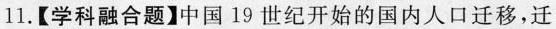
11.【学科融合题】中国 19 世纪开始的国内人口迁移，迁